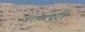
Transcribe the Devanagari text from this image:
बाणापुरा